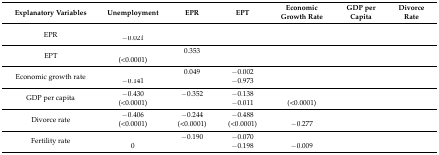
<table><thead><tr><td><b>Explanatory Variables</b></td><td><b>Unemployment</b></td><td><b>EPR</b></td><td><b>EPT</b></td><td><b>Economic Growth Rate</b></td><td><b>GDP per Capita</b></td><td><b>Divorce Rate</b></td></tr></thead><tbody><tr><td rowspan="2">EPR</td><td>[EMPTY_CELL]</td><td rowspan="2">[EMPTY_CELL]</td><td rowspan="2">[EMPTY_CELL]</td><td rowspan="2">[EMPTY_CELL]</td><td rowspan="2">[EMPTY_CELL]</td><td rowspan="2">[EMPTY_CELL]</td></tr><tr><td>−0.021</td></tr><tr><td rowspan="2">EPT</td><td>[EMPTY_CELL]</td><td>0.353</td><td rowspan="2">[EMPTY_CELL]</td><td rowspan="2">[EMPTY_CELL]</td><td rowspan="2">[EMPTY_CELL]</td><td rowspan="2">[EMPTY_CELL]</td></tr><tr><td>(&lt;0.0001)</td><td>[EMPTY_CELL]</td></tr><tr><td rowspan="2">Economic growth rate</td><td>[EMPTY_CELL]</td><td>0.049</td><td>−0.002</td><td rowspan="2">[EMPTY_CELL]</td><td rowspan="2">[EMPTY_CELL]</td><td rowspan="2">[EMPTY_CELL]</td></tr><tr><td>−0.141</td><td>[EMPTY_CELL]</td><td>−0.973</td></tr><tr><td rowspan="2">GDP per capita</td><td>−0.430</td><td>−0.352</td><td>−0.138</td><td>[EMPTY_CELL]</td><td rowspan="2">[EMPTY_CELL]</td><td rowspan="2">[EMPTY_CELL]</td></tr><tr><td>(&lt;0.0001)</td><td>[EMPTY_CELL]</td><td>−0.011</td><td>(&lt;0.0001)</td></tr><tr><td rowspan="2">Divorce rate</td><td>−0.406</td><td>−0.244</td><td>−0.488</td><td>[EMPTY_CELL]</td><td>[EMPTY_CELL]</td><td rowspan="2">[EMPTY_CELL]</td></tr><tr><td>(&lt;0.0001)</td><td>(&lt;0.0001)</td><td>(&lt;0.0001)</td><td>−0.277</td><td>[EMPTY_CELL]</td></tr><tr><td rowspan="2">Fertility rate</td><td>[EMPTY_CELL]</td><td>−0.190</td><td>−0.070</td><td>[EMPTY_CELL]</td><td>[EMPTY_CELL]</td><td>[EMPTY_CELL]</td></tr><tr><td>0</td><td>[EMPTY_CELL]</td><td>−0.198</td><td>−0.009</td><td>[EMPTY_CELL]</td><td>[EMPTY_CELL]</td></tr></tbody></table>